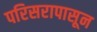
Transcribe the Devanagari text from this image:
परिसरापासून